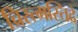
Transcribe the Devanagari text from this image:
च्रिस्त्मस्तिदे